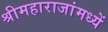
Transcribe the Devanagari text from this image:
श्रीमहाराजांमध्यें